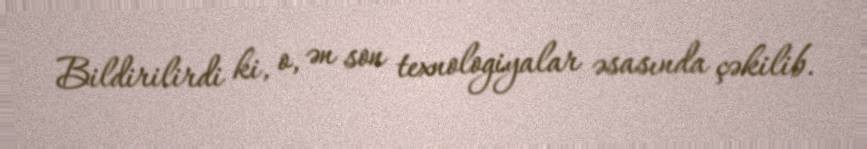
Bildirilirdi ki, o, ən son texnologiyalar əsasında çəkilib.